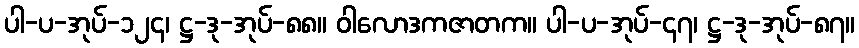
ပါ-ပ-အုပ်-၁၂၄၊ ဋ္ဌ-ဒု-အုပ်-၈၈။ ဝါလောဒကဇာတက။ ပါ-ပ-အုပ်-၄၇၊ ဋ္ဌ-ဒု-အုပ်-၈၇။